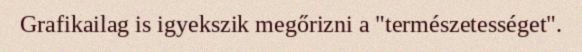
Grafikailag is igyekszik megőrizni a "természetességet".